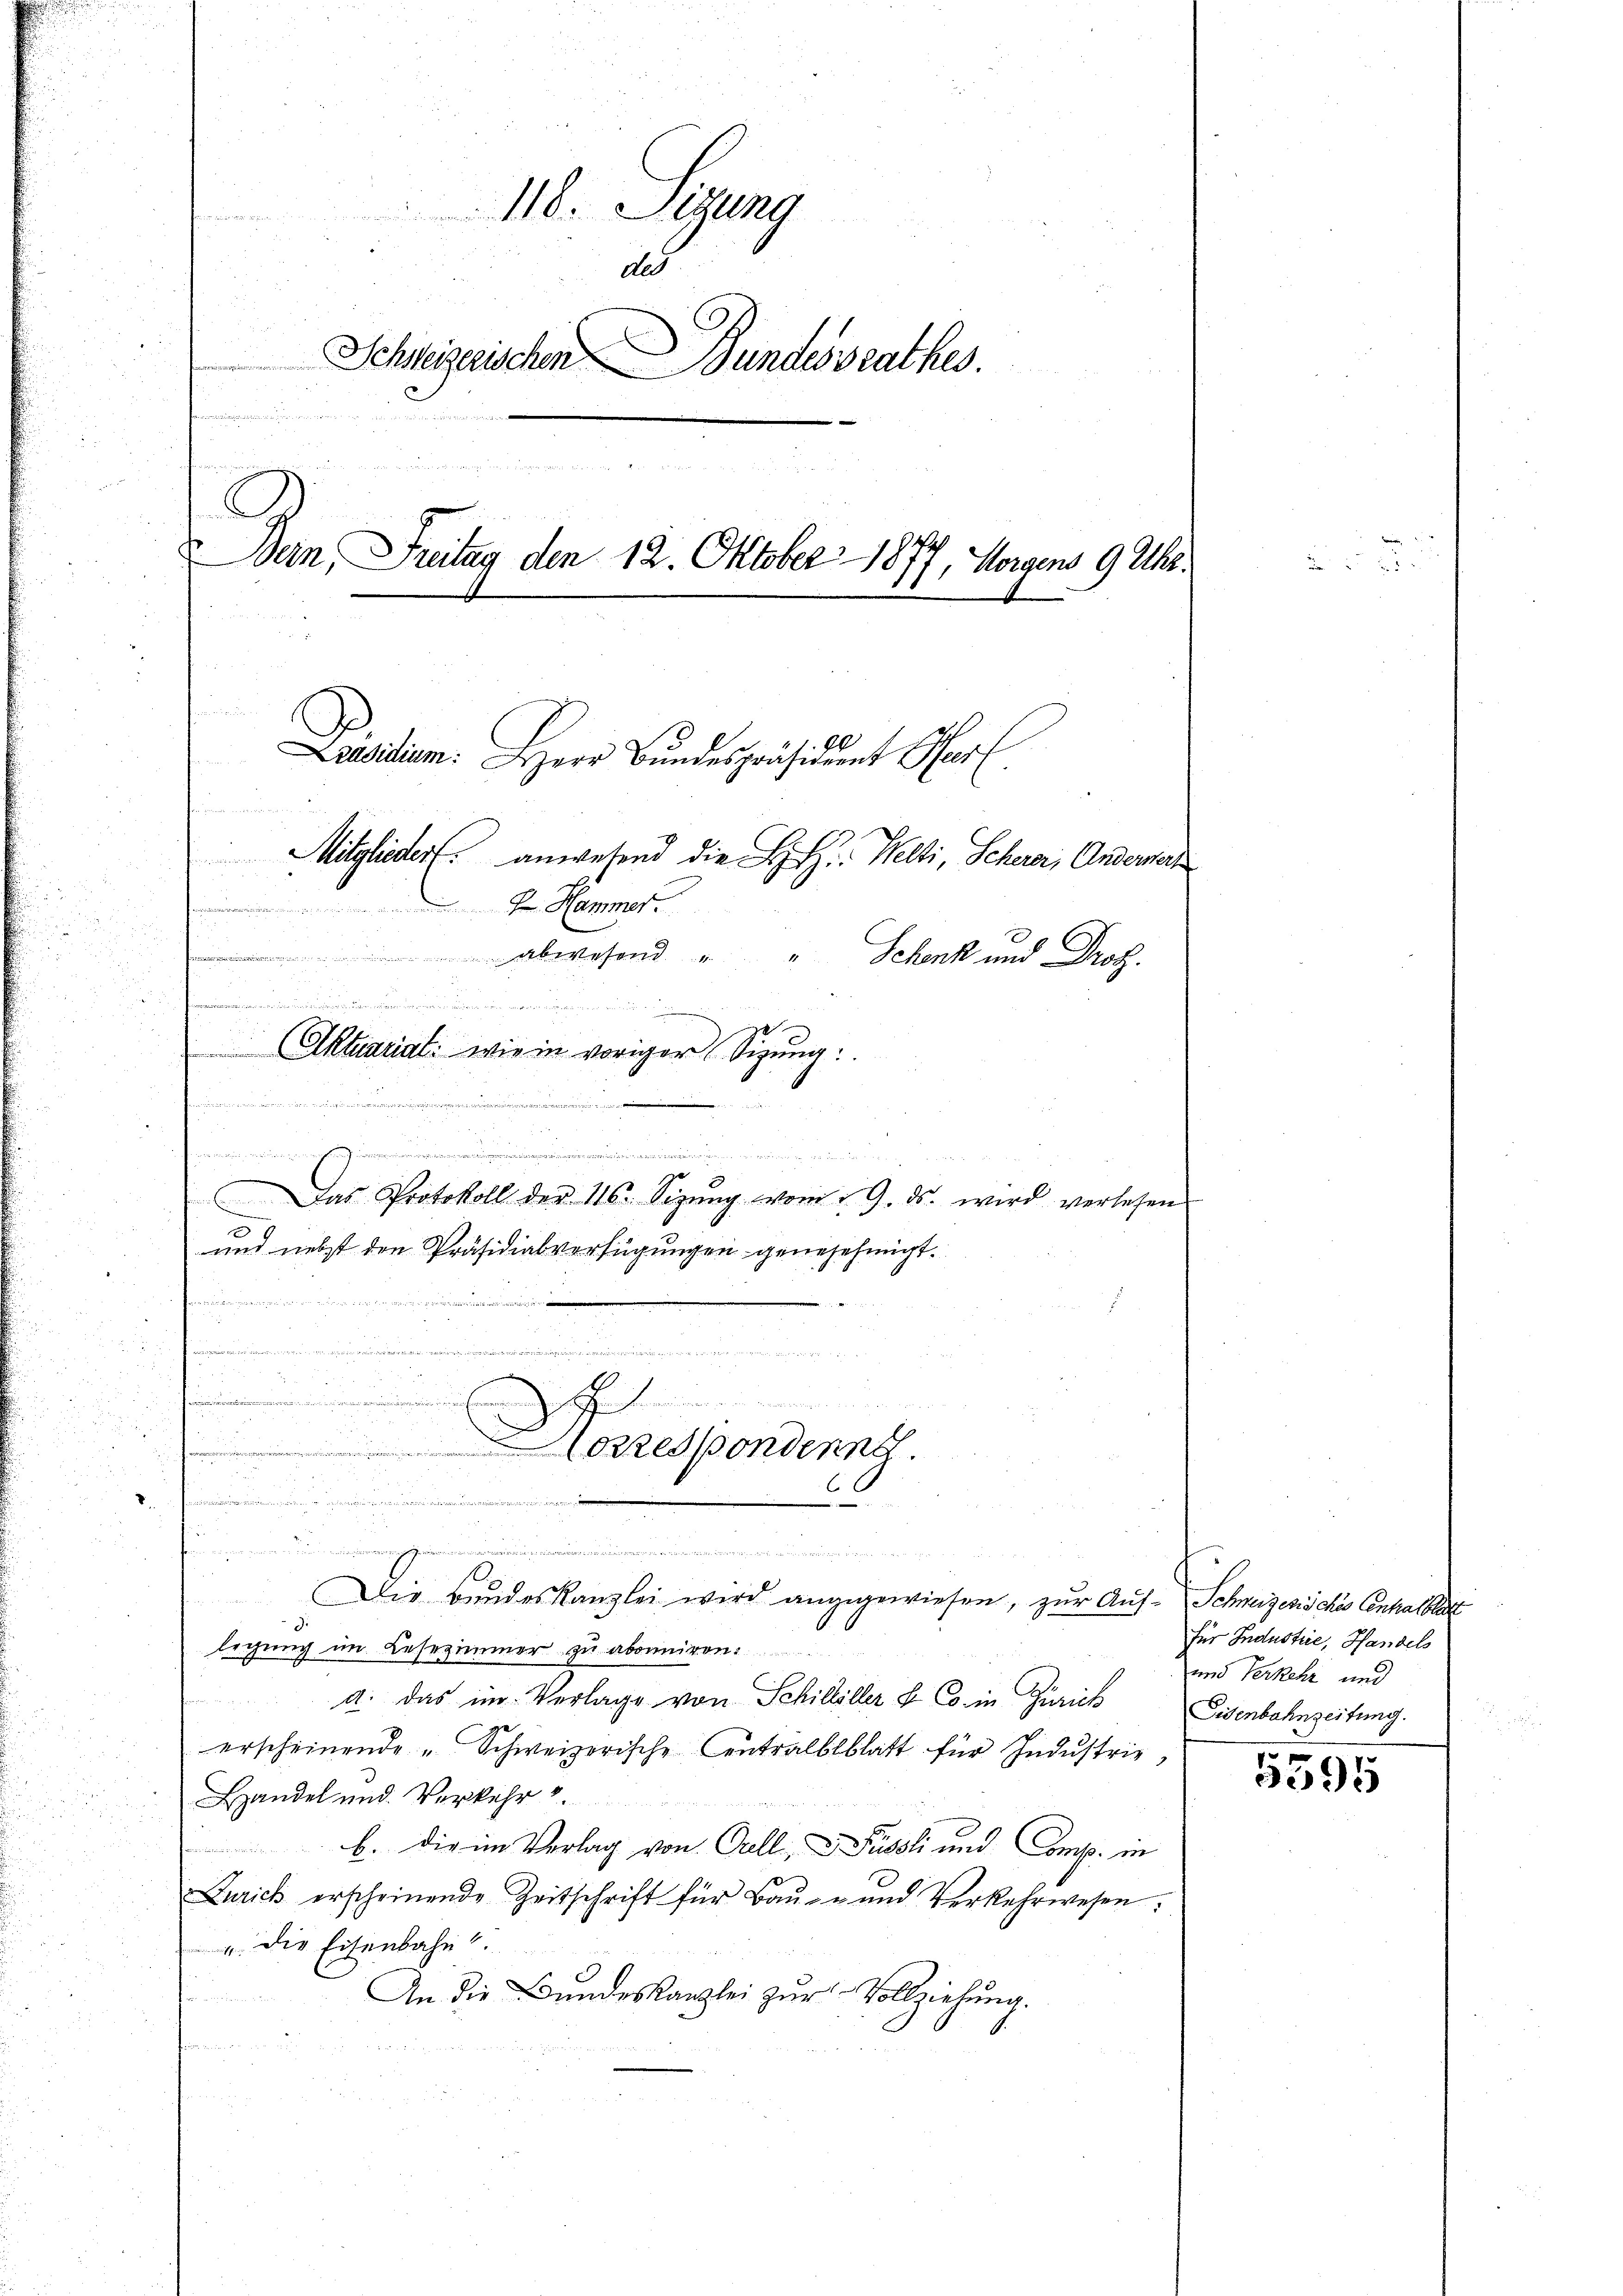
118. Sizung
dues
Schweizerischen Bundesrathes.

C
Dein, Freitag den 12. Oktober 1877, Horgens 9 Uhr.
Laesidium: Herr Bŭndespräsident Her
aillen aus ein
Mitglieder anwesend die H. H. Welti, Scherer, Anderart
e
 Hammer.
 abwesend " " Schenk und Drot.
d

e

Aktuariat: wie in voriger Sizung:
e
e

.
i
Das Protokoll der 116. Sizŭng vom 19. ds. wird verlesen
50
und nebst den Präsidialverfügungen genehehmigt.

.

e

rrespondern.
.
C

legung im Lesezimmer zu abonniren.
a. Das im Verlage von Schilliller & Co. in Zürich
erscheinende "Schweizerische Centralblblatt für Industrie,
Handel und Verkehr.
fanien einer
b. die im Verlag von Orell, Füssli und Comp. in
Zürich erscheinende Zeitschrift für Baŭ- und Verkehrwesen:
4. Die Eisenbahn.
An die Bundeskanzlei zur Vollziehung.
u

Prenisse jener in der von manchi.  ..  ..  ..
Die Bundeskanzlei wird angegewiesen, zur Auf- Schweizerisches Centralblatt

für Industrie, Handels
und Verkehr und
Eisenbahnzeitung.

5595